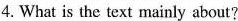
4.What is the text mainly about?